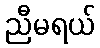
ညီမရယ်